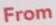
From